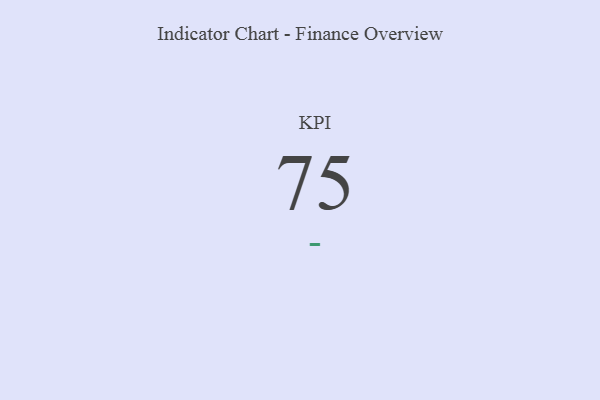
{"axis": {"x": "KPI", "y": "Value"}, "legend": [""], "data": [{"x": "KPI", "y": 75, "type": ""}]}